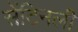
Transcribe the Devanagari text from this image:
सेंटिनली